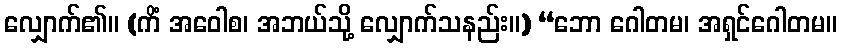
လျှောက်၏။ (ကိံ အဝေါစ၊ အဘယ်သို့ လျှောက်သနည်း။) “ဘော ဂေါတမ၊ အရှင်ဂေါတမ။